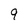
Character: 9